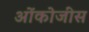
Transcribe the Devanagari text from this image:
ओंकोजींस